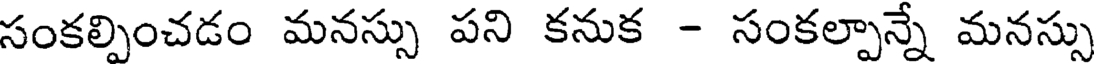
సంకల్పించడం మనస్సు పని కనుక - సంకల్పాన్నే మనస్సు